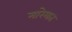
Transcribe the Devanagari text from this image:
मारेमात